Scottish Certificate of Education, 1963
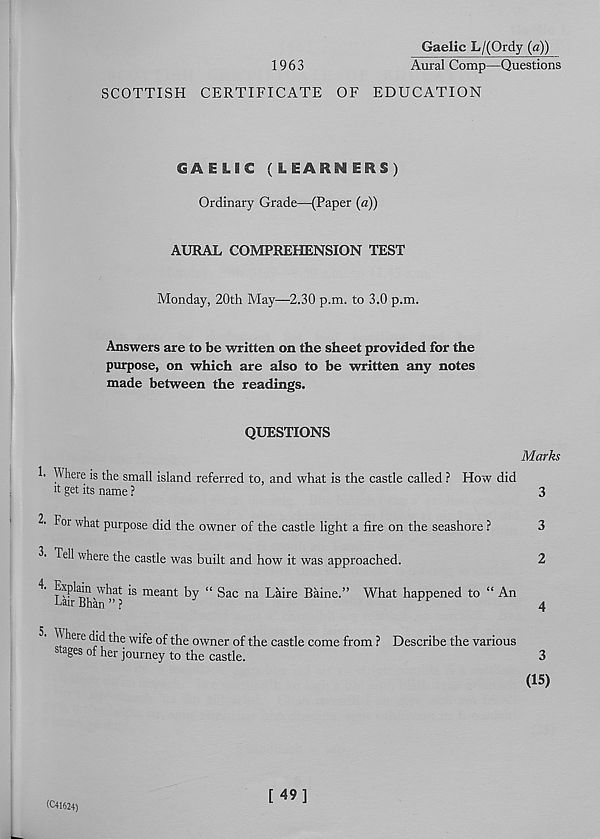
Gaelic L/(Ordy (a))
1963
Aural Comp—Questions
SCOTTISH CERTIFICATE OF EDUCATION
€AELSC (LEARNERS)
Ordinary Grade—(Paper (a))
AURAL COMPREHENSION TEST
Monday, 20th May—2.30 p.m. to 3.0 p.m.
Answers are to be written on the sheet provided for the
purpose, on which are also to be written any notes
made between the readings.
QUESTIONS
Marks
!• Where is the small island referred to, and what is the castle called ? How did
it get its name ?
3
For what purpose did the owner of the castle light a fire on the seashore ?
3
3' Tell where the castle was built and how it was approached.
2
4. Explain what is meant by “ Sac na Laire Baine.” What happened to “ An
LairBhan”?
4
^ here did the wife of the owner of the castle come from ? Describe the various
8 a £ es her journey to the castle.
3
(15)
(C41624)
[49]